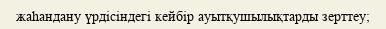
жаһандану үрдісіндегі кейбір ауытқушылықтарды зерттеу;